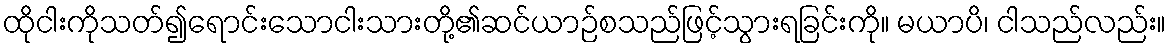
ထိုငါးကိုသတ်၍ရောင်းသောငါးသားတို့၏ဆင်ယာဉ်စသည်ဖြင့်သွားရခြင်းကို။ မယာပိ၊ ငါသည်လည်း။